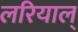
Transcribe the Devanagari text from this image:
लरियाल्